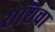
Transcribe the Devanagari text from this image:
राशिचा